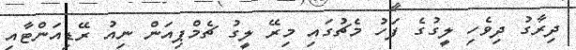
ދިރާގު ދިވެހި ލީގުގެ ފަހު މެޗުގައި މިރޭ ލީގު ޗެމްޕިއަން ނިއު ރޭޑިއަންޓާއި